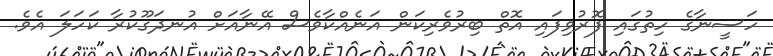
ހަސީނާގެ ހިތުގައި ފޮރުވިފައި އޮތް ބިރުވެރިކަން އަނެއްކާވެސް އޭނާއަށް އުނދަގޫކުރާ ކަހަަލަ އެވެ.